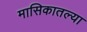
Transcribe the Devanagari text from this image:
मासिकातल्या